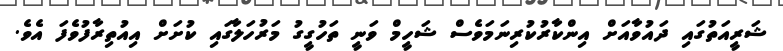
ޝަރީއަތުގައި ދައުވާއަށް އިންކާރުކުރިނަމަވެސް ޝަހީމް ވަނީ ތަހުގީގު މަރުހަލާގައި ކުށަށް އިއުތިރާފުވެފަ އެވެ.